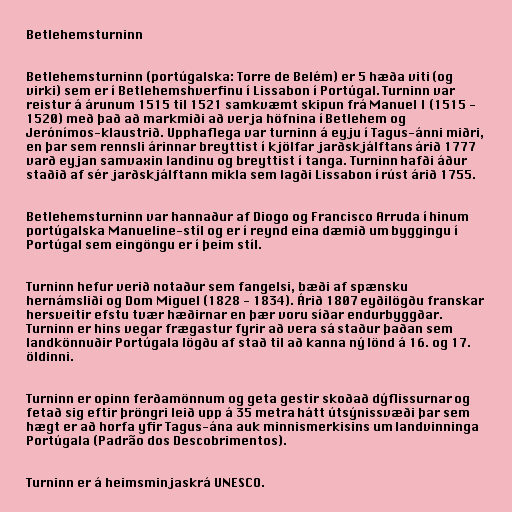
Betlehemsturninn

Betlehemsturninn (portúgalska: Torre de Belém) er 5 hæða viti (og
virki) sem er í Betlehemshverfinu í Lissabon í Portúgal. Turninn var
reistur á árunum 1515 til 1521 samkvæmt skipun frá Manuel I (1515 -
1520) með það að markmiði að verja höfnina í Betlehem og
Jerónímos-klaustrið. Upphaflega var turninn á eyju í Tagus-ánni miðri,
en þar sem rennsli árinnar breyttist í kjölfar jarðskjálftans árið 1777
varð eyjan samvaxin landinu og breyttist í tanga. Turninn hafði áður
staðið af sér jarðskjálftann mikla sem lagði Lissabon í rúst árið 1755.

Betlehemsturninn var hannaður af Diogo og Francisco Arruda í hinum
portúgalska Manueline-stíl og er í reynd eina dæmið um byggingu í
Portúgal sem eingöngu er í þeim stíl.

Turninn hefur verið notaður sem fangelsi, bæði af spænsku
hernámsliði og Dom Miguel (1828 - 1834). Árið 1807 eyðilögðu franskar
hersveitir efstu tvær hæðirnar en þær voru síðar endurbyggðar.
Turninn er hins vegar frægastur fyrir að vera sá staður þaðan sem
landkönnuðir Portúgala lögðu af stað til að kanna ný lönd á 16. og 17.
öldinni.

Turninn er opinn ferðamönnum og geta gestir skoðað dýflissurnar og
fetað sig eftir þröngri leið upp á 35 metra hátt útsýnissvæði þar sem
hægt er að horfa yfir Tagus-ána auk minnismerkisins um landvinninga
Portúgala (Padrão dos Descobrimentos).

Turninn er á heimsminjaskrá UNESCO.